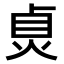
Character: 𤈱